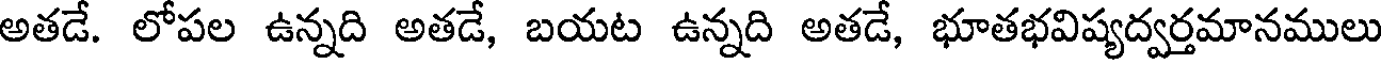
అతడే. లోపల ఉన్నది అతడే, బయట ఉన్నది అతడే, భూతభవిష్యద్వర్తమానములు